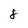
Character: 8